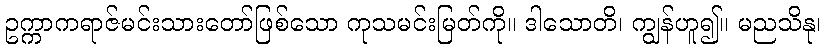
ဥက္ကာကရာဇ်မင်းသားတော်ဖြစ်သော ကုသမင်းမြတ်ကို။ ဒါသောတိ၊ ကျွန်ဟူ၍။ မညသိနု၊